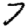
Digit: 7